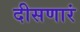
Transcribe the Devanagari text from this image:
दीसणारं